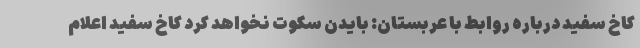
کاخ سفید درباره روابط با عربستان: بایدن سکوت نخواهد کرد کاخ سفید اعلام